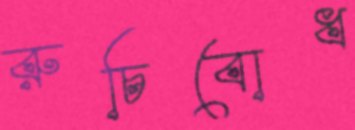
রুচিবোধ